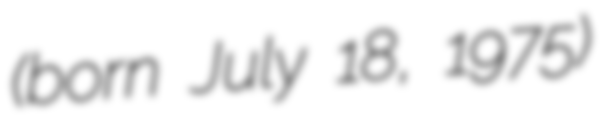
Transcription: (born July 18, 1975)